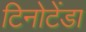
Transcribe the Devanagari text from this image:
टिनोटेंडा